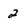
Character: 2